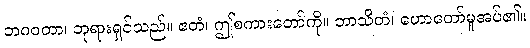
ဘဂဝတာ၊ ဘုရားရှင်သည်။ ဧတံ၊ ဤစကားတော်ကို။ ဘာသိတံ၊ ဟောတော်မူအပ်၏။